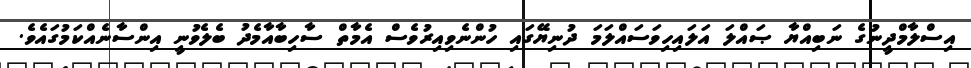
އިސްލާމްދީނުގެ ނަބިއްޔާ ޞައްލަ އަލައިހިވަސައްލަމަ ދުނިޔޭގައި ހުންނެވިއިރުވެސް އެމާތް ސާހިބާއާމެދު ބެލެވުނީ އިންސާނެއްކަމުގައެވެ.